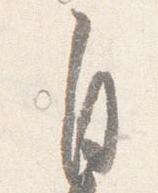
自